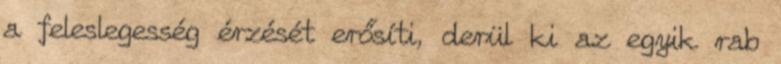
a feleslegesség érzését erősíti, derül ki az egyik rab